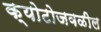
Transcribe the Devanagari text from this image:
क्योटोजवळील